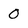
Character: 0